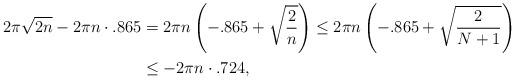
LaTeX: \begin{align*}2\pi \sqrt{2n}-2\pi n \cdot .865 &= 2\pi n \left(-.865 + \sqrt{\frac{2}{n}} \right) \leq 2\pi n \left(-.865 + \sqrt{\frac{2}{N+1}} \right) \\&\leq -2\pi n \cdot .724, \end{align*}